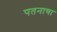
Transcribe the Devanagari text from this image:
पतनाचा